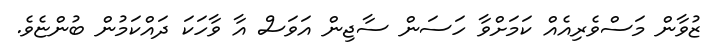
ޒުވާން މަސްވެރިއެއް ކަމަށްވާ ހަސަން ސާޖިން އަވަސް އާ ވާހަކަ ދައްކަމުން ބުންޏެވެ.